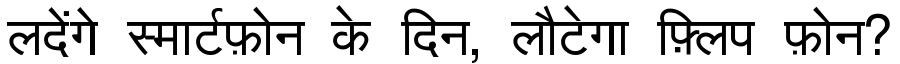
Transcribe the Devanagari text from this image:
लदेंगे स्मार्टफ़ोन के दिन, लौटेगा फ़्लिप फ़ोन?